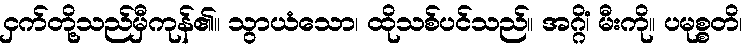
ငှက်တို့သည်မှီကုန်၏။ သွာယံသော၊ ထိုသစ်ပင်သည်။ အဂ္ဂိံ၊ မီးကို။ ပမုစ္စတိ၊